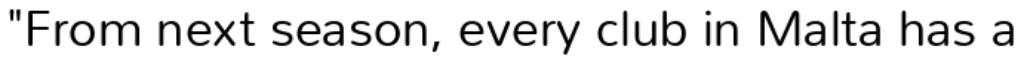
"From next season, every club in Malta has a